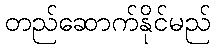
တည်ဆောက်နိုင်မည်